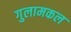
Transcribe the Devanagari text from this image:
गुलामकल